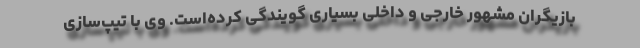
بازیگران مشهور خارجی و داخلی بسیاری گویندگی کرده‌است. وی با تیپ‌سازی